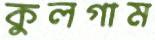
কুলগাম